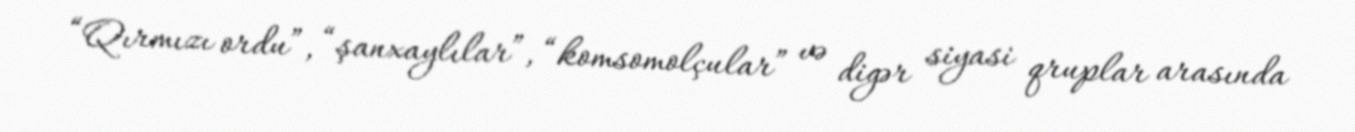
“Qırmızı ordu”, “şanxaylılar”, “komsomolçular” və digər siyasi qruplar arasında